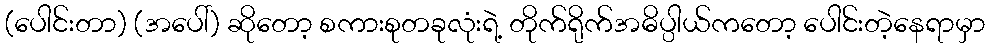
(ပေါင်းတာ) (အပေါ်) ဆိုတော့ စကားစုတခုလုံးရဲ့ တိုက်ရိုက်အဓိပ္ပါယ်ကတော့ ပေါင်းတဲ့နေရာမှာ